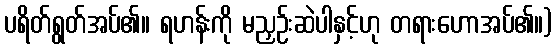
ပရိတ်ရွတ်အပ်၏။ ရဟန်းကို မညှဉ်းဆဲပါနှင့်ဟု တရားဟောအပ်၏။)